Vaccine operations Central Provinces 1900-1911 - 1900-1911
Year: 1900
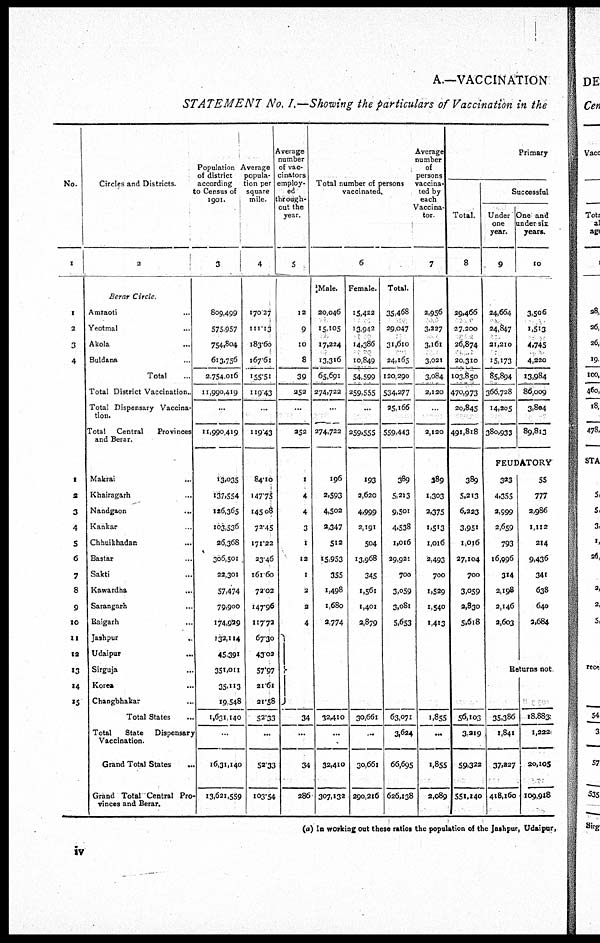
A.—VACCINATION
STATEMENT No. I.—Showing the particulars of Vaccination in the
No.
1
1
2
3
4
1
2
3
4
5
6
7
8
9
10
11
12
13
14
15
Circles and Districts
2
Berar Circle
Amraoti ...
Yeotmal ...
Akola ...
Buldana ...
Total ...
Total District Vaccination.
Total Dispensary Vaccina-
tion.
Total Central
Provinces
and Berar.
Makrai ...
Khairagarh ...
Nandgaon ...
Kankar ...
Chhuikhadan ...
Bastar ...
Sakti ...
Kawardha ...
Sarangarh ...
Raigarh ...
Jashpur ...
Udaipur ...
Sirguja ...
Korea ...
Changbhakar ...
Total States ...
Total
State
Dispensary
Vaccination.
Grand Total States ...
Grand Total Central Pro
vinces and Berar.
Population
of district
according
to Census of
1901.
3
809,499
575,957
754,804
613,756
2,754,016
11,990,419
...
11,990,419
13,035
137,554
126,365
103,536
26,368
306,501
22,301
57,474
79,900
174,929
132,114
45,391
351,011
35,113
19,548
1,631,140
...
16,31,140
13,621,559
Average
popula-
tion per
square
mile.
4
170.27
111.13
183.60
167.61
155.51
119.43
...
119.43
84.10
147.75
145.08
72.45
171.22
23.46
161.60
72.02
147.96
117.72
67.30
43.02
57.97
21.6l
21.58
52.33
...
52.33
103.54
Average
number
of vac-
cinators
employ-
ed
through-
out the
year.
5
12
9
10
8
39
252
...
252
1
4
4
3
1
12
1
2
2
4
34
...
34
286
Total number of persons
vaccinated.
6
Male.
20,046
15,105
17,224
13,316
65,691
274,722
...
274,722
196
2,593
4,502
2,347
512
15,953
355
1,498
1,680
2,774
62,410
...
32,410
307,132
Female.
15,422
13,942
14,386
10,849
54,599
259,555
...
259,555
193
2,620
4,999
2,191
504
13,968
345
1,561
1,401
2,879
30,661
...
30,661
290,216
Total.
35,468
29,047
31,610
24,165
120,290
534,277
25,166
559,443
389
5,213
9,501
4,538
1,016
29,921
700
3,059
3,081
5,653
63,071
3,624
66,695
626,138
Average
number
of
persons
vaccina-
ted by
each
Vaccina-
tor
7
2,956
3,227
3,161
3,021
3,084
2,120
...
2,120
389
1,303
2,375
1,513
1,016
2,493
700
1,529
1,540
1,413
1,855
...
1,855
2,089
Primary
Total.
8
29,466
27,200
26,874
20,310
103,850
470,973
20,845
491,818
389
5,213
6,223
3,951
1,016
27,104
700
3,059
2,830
5,618
56,103
3,219
59,322
551,140
Successful
Under
one
year.
9
24,664
24,847
21,210
15,173
85,894
366,728
14,205
380,933
One and
under sis
years.
10
3,506
1,513
4,745
4,220
13,984
86,009
3,804
89,813
FEUDATORY
323
4,355
2,999
2,659
793
16,996
314
2,198
2,146
2,603
55
777
2,986
1,112
214
9,436
341
638
640
2,684
Returns not
35,386
1,841
37,227
418,160
18,883
1,222
20,105
109,918
(a) In working out these ratios the population of the Jashpur, Udaipur,
iv